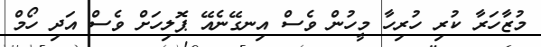
މުޒާހަރާ ކުރި ހުރިހާ މީހުން ވެސް އިނގޭނެއޭ ޕޮލިހަށް ވެސް އަދި ހޯމް